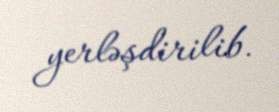
yerləşdirilib.